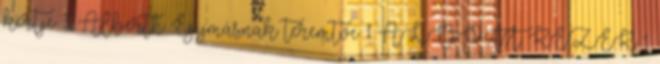
kertje 3 Alberth: Egymásnak teremtve 1 ÁLDOTT KEZEK 1